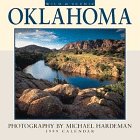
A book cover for Cal 99 Wild & Scenic Oklahoma; Travel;